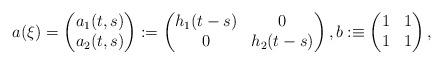
LaTeX: \begin{align*}a(\xi)=\begin{pmatrix}a_{1}(t,s)\\a_{2}(t,s)\end{pmatrix}:=\begin{pmatrix}h_{1}(t-s) & 0\\0 & h_{2}(t-s)\end{pmatrix},b:\equiv\begin{pmatrix}1 & 1\\1 & 1\end{pmatrix},\end{align*}